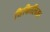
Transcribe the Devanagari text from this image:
विकिलिक